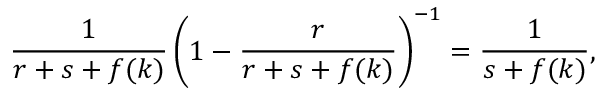
\frac { 1 } { r + s + f ( k ) } \left( 1 - \frac { r } { r + s + f ( k ) } \right) ^ { - 1 } = \frac { 1 } { s + f ( k ) } ,